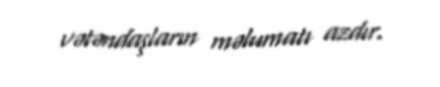
vətəndaşların məlumatı azdır.